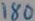
Text: 180